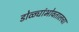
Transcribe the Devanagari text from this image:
डोळ्यांभोवतालचा